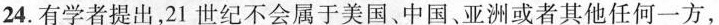
24.有学者提出，21世纪不会属于美国、中国、亚洲或者其他任何一方，